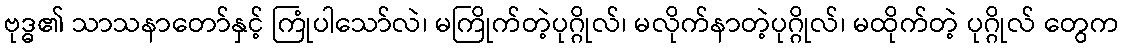
ဗုဒ္ဓ၏ သာသနာတော်နှင့် ကြုံပါသော်လဲ၊ မကြိုက်တဲ့ပုဂ္ဂိုလ်၊ မလိုက်နာတဲ့ပုဂ္ဂိုလ်၊ မထိုက်တဲ့ ပုဂ္ဂိုလ် တွေက